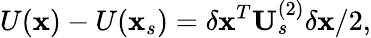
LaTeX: U(\mathbf{x})-U(\mathbf{x}_{s})=\delta\mathbf{x}^{T}\mathbf{U}_{s}^{(2)}\delta\mathbf{x}/2,